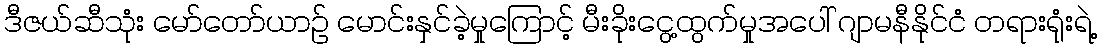
ဒီဇယ်ဆီသုံး မော်တော်ယာဉ် မောင်းနှင်ခဲ့မှုကြောင့် မီးခိုးငွေ့ထွက်မှုအပေါ် ဂျာမနီနိုင်ငံ တရားရုံးရဲ့